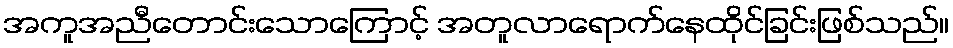
အကူအညီတောင်းသောကြောင့် အတူလာရောက်နေထိုင်ခြင်းဖြစ်သည်။